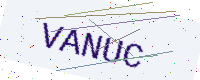
Text: VANUC